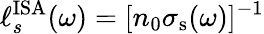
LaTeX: {\ell_{s}^{\mathrm{ISA}}(\omega)=[n_{0}\sigma_{\mathrm{s}}(\omega)]^{-1}}